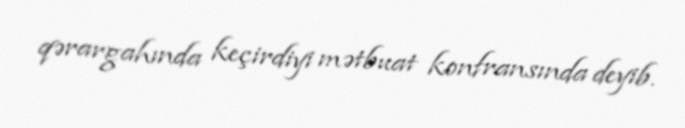
qərargahında keçirdiyi mətbuat konfransında deyib.